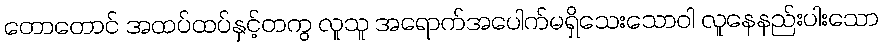
တောတောင် အထပ်ထပ်နှင့်တကွ လူသူ အရောက်အပေါက်မရှိသေးသောဝါ လူနေနည်းပါးသော